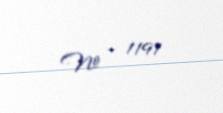
№ - 1191